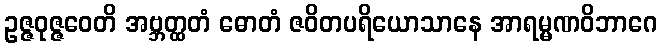
ဥဇ္ဇဝုဇ္ဇဝေတိ အဗ္ဘတ္ထတံ ဓောတံ ဇဝိတပရိယောသာနေ အာရမ္မဏဝိဘာဂေ